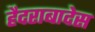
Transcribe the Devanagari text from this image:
हैदराबादेस